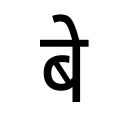
OCR:
बे